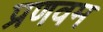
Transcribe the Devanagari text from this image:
प्रणवम